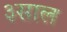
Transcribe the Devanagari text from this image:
३साल